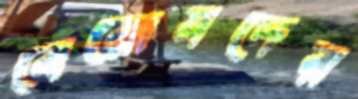
বেরোমদের